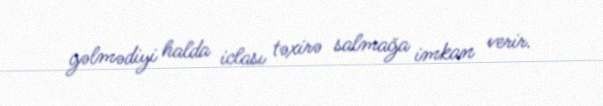
gəlmədiyi halda iclası təxirə salmağa imkan verir.